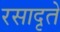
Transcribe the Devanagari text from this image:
रसादृते